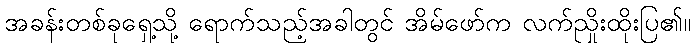
အခန်းတစ်ခုရှေ့သို့ ရောက်သည့်အခါတွင် အိမ်ဖော်က လက်ညှိုးထိုးပြ၏။